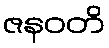
ဇနဝတိ